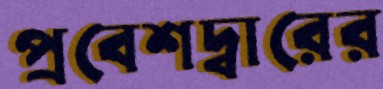
প্রবেশদ্বারের